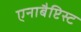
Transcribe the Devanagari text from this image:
एनाबैप्टिस्ट